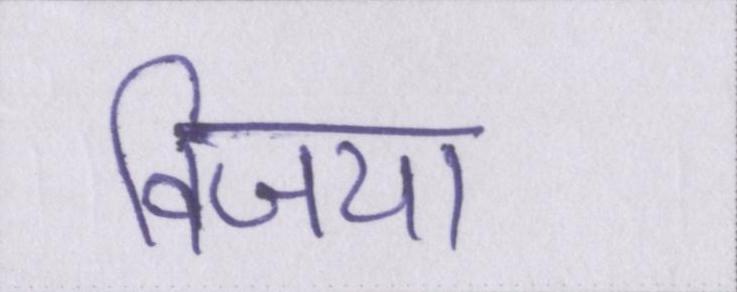
विजया